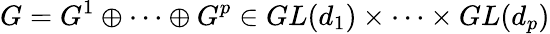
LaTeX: G=G^{1}\oplus\cdots\oplus G^{p}\in GL(d_{1})\times\cdots\times GL(d_{p})